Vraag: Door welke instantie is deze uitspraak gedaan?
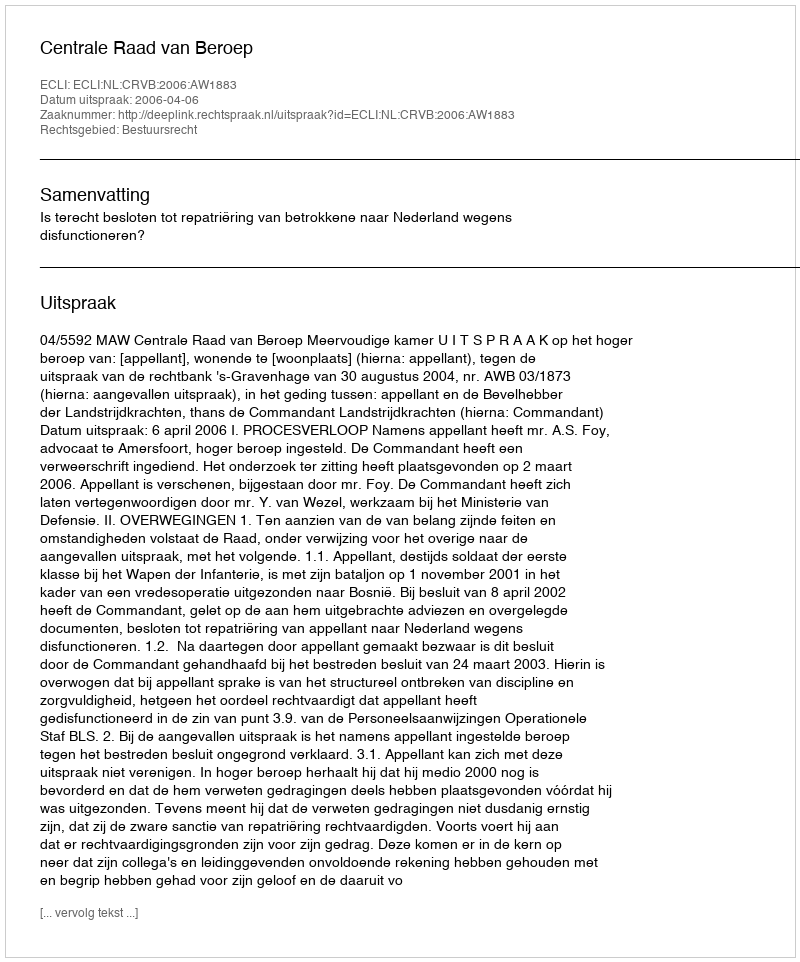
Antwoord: Centrale Raad van Beroep